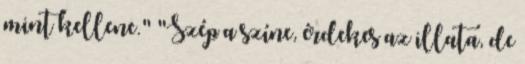
mint kellene." "Szép a színe, érdekes az illata, de